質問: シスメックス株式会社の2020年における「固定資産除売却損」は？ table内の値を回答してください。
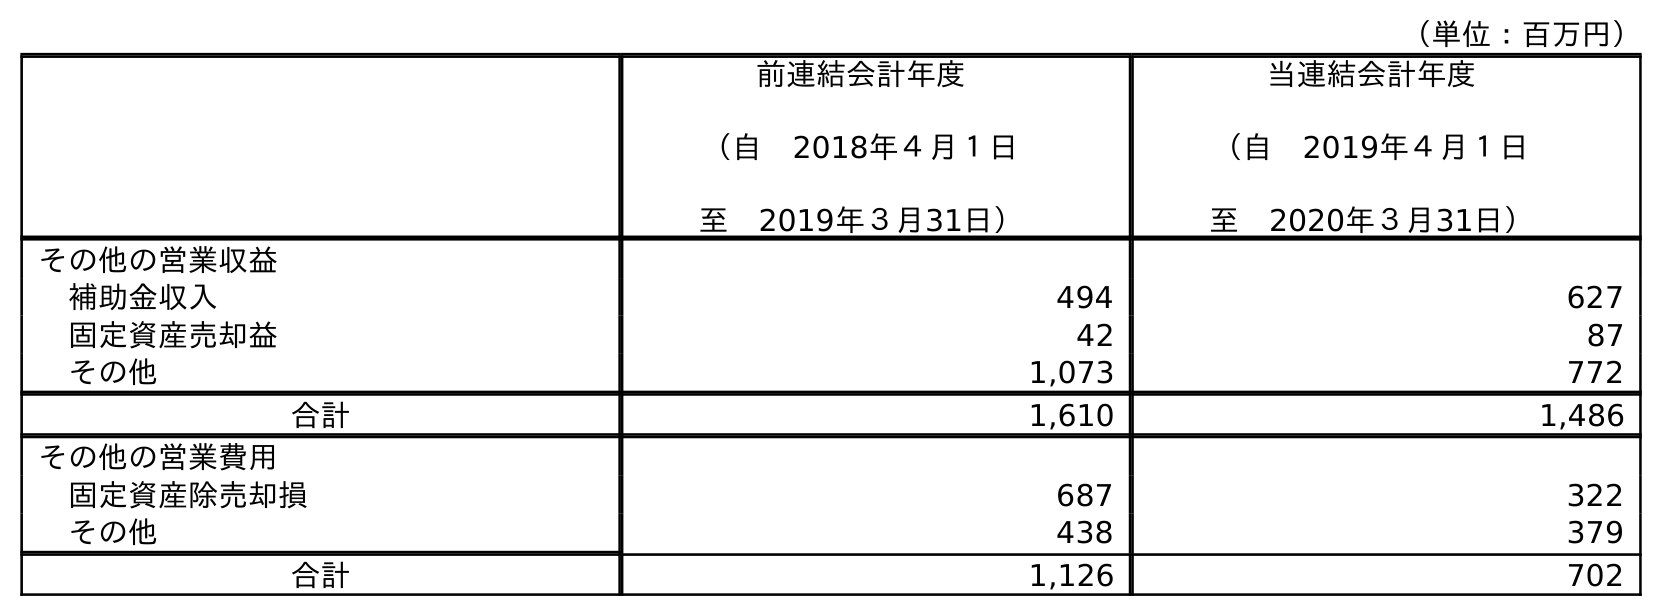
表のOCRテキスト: （単位：百万円） 前連結会計年度 （自 2018年４月１日 至 2019年３月31日） 当連結会計年度 （自 2019年４月１日 至 2020年３月31日） その他の営業収益 補助金収入 494 627 固定資産売却益 42 87 その他 1,073 772 合計 1,610 1,486 その他の営業費用 固定資産除売却損 687 322 その他 438 379 合計 1,126 702
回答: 322